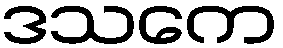
ဒသကေ